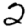
Digit: 2